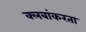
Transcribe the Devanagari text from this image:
क्लबांकरता